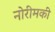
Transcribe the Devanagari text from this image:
नोरीमकी